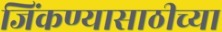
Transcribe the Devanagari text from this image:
जिंकण्यासाठीच्या